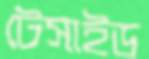
টেসাইড